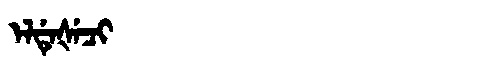
Manchu: ᡝᠯᡩᡝᡧᡝᠴᡳ
Romanization: ELDEŠECI